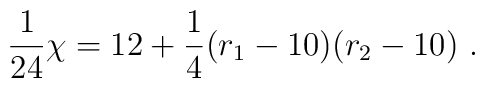
{1\over 24}\chi=12+{1\over 4}(r_1-10)(r_2-10)~.